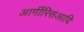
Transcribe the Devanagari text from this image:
आर्गीरिसआदि